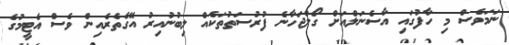
ނަމަވެސް މި ހާފުގައި އާސެނަލްއަށް ގޯލްޖަހާނެ ފުރުސަތުތަކެއް ލިބުނުއިރު އޭގެތެރެއިން ވެސް އެޓީމުގެ